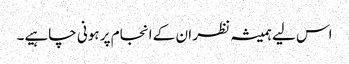
اس لیے ہمیشہ نظر ان کے انجام پر ہونی چاہیے۔